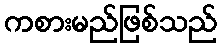
ကစားမည်ဖြစ်သည်